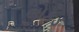
લોકડ